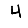
Digit: 4